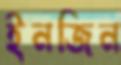
ইনজিন